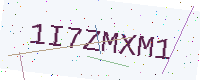
Text: 1I7ZMXM1